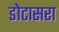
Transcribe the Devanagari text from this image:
डोटासरा